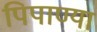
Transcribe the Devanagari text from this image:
पिपाण्या